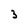
Character: 3